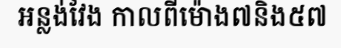
អន្លង់វែង កាលពីម៉ោង៧និង៥៧